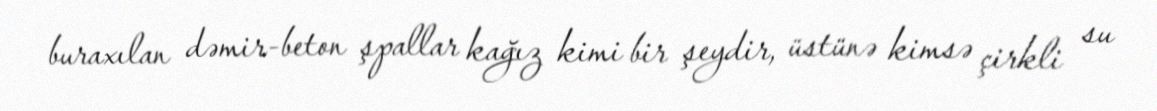
buraxılan dəmir-beton şpallar kağız kimi bir şeydir, üstünə kimsə çirkli su